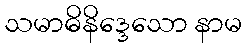
သမာဓိနိဒ္ဒေသော နာမ